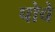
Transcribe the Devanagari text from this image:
पोचे